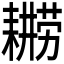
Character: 𮋫